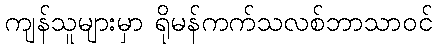
ကျန်သူများမှာ ရိုမန်ကက်သလစ်ဘာသာဝင်